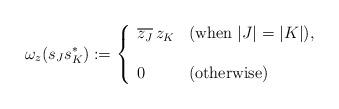
LaTeX: \begin{align*}\omega_{z}(s_{J}s_{K}^{*}):=\left\{\begin{array}{ll}\overline{z_J}\, z_K&(\mbox{when }|J|=|K|),\\\\0&(\mbox{otherwise})\end{array}\right.\end{align*}